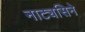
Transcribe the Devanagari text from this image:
नाट्यसिने